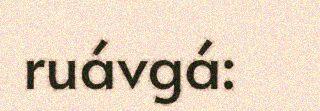
ruávgá: